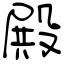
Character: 殿